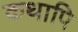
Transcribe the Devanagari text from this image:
कथापि